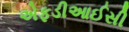
એફડીઆઈસી